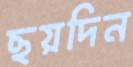
ছয়দিন